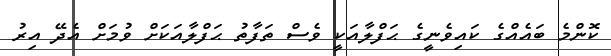
ކޮންމެ ބައެއްގެ ކައިވެނީގެ ޙަފްލާއަކީ ވެސް ތަފާތު ޙަފްލާއަކަށް ވުމަށް އެދޭ އިރު